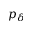
p _ { \delta }